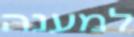
למענה